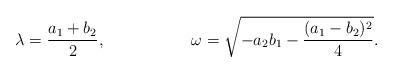
LaTeX: \begin{align*}\lambda &= \frac{a_1 + b_2}{2}, &\omega &= \sqrt{-a_2 b_1 - \frac{(a_1-b_2)^2}{4}}.\end{align*}